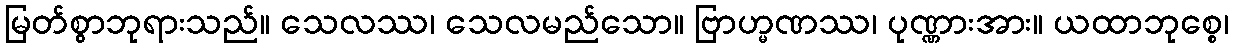
မြတ်စွာဘုရားသည်။ သေလဿ၊ သေလမည်သော။ ဗြာဟ္မဏဿ၊ ပုဏ္ဏားအား။ ယထာဘုစ္စေ၊